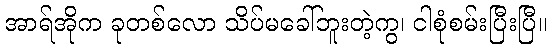
အာရ်အိုက ခုတစ်လော သိပ်မခေါ်ဘူးတဲ့ကွ၊ ငါစုံစမ်းပြီးပြီ။